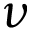
\boldsymbol { \nu }